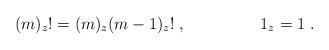
LaTeX: \begin{align*}(m)_z! = (m)_z (m-1)_z! \; , \;\;\;\;\;\;\;\;\;\;\;\;\;\;\;\; 1_z=1 \; .\;\;\;\;\;\;\;\;\;\;\;\end{align*}